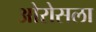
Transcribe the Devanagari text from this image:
ओरोसला